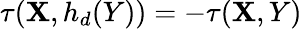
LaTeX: \tau(\mathbf{X},h_{d}(Y))=-\tau(\mathbf{X},Y)